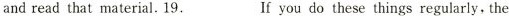
and read that material. 19.___If you do these things regularly, the